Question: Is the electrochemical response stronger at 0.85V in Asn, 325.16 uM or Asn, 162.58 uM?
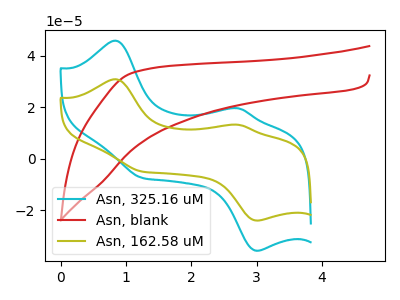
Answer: <think>The cyan curve "Asn, 325.16 uM" has anodic peaks at (0.85V, 45.75uA) (2.75V, 19.45uA) and cathodic peaks at (3.00V, -35.80uA) (1.25V, -7.45uA). The red curve "Asn, blank" has no peaks. The olive curve "Asn, 162.58 uM" has anodic peaks at (0.85V, 30.80uA) (2.75V, 13.10uA) and cathodic peaks at (3.00V, -24.10uA) (1.25V, -5.05uA).</think>
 <answer>The peak at 0.85V is higher in "Asn, 325.16 uM" than in "Asn, 162.58 uM".</answer>
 <eval>higher</eval>